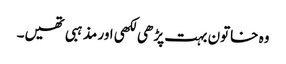
وہ خاتون بہت پڑھی لکھی اور مذہبی تھیں۔